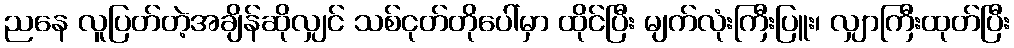
ညနေ လူပြတ်တဲ့အချိန်ဆိုလျှင် သစ်ငုတ်တိုပေါ်မှာ ထိုင်ပြီး မျက်လုံးကြီးပြူး၊ လျှာကြီးထုတ်ပြီး